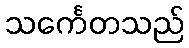
သင်္ကေတသည်